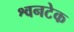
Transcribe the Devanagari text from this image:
श्वनटेक